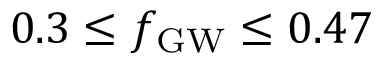
0 . 3 \leq \ensuremath { f _ { \mathrm { G W } } } \leq 0 . 4 7